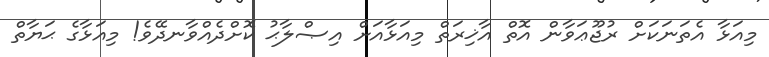
މިއަޅާ އެތަނަކަށް ރުޖޫޢަވާން އޮތް އާޚިރަތް މިއަޅާއަށް އިޞްލާޙު ކޮށްދެއްވާނދޭވެ! މިއަޅާގެ ޙަޔާތް